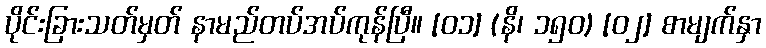
ပိုင်းခြားသတ်မှတ် နာမည်တပ်အပ်ကုန်ပြီ။ [၀၁] (နိ၊ ၁၅၀) [၀၂] စာမျက်နှာ